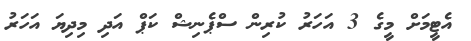
އެޓީމަށް މީގެ 3 އަހަރު ކުރިން ސްޕެނިޝް ކަޕް އަދި މިދިޔަ އަހަރު